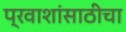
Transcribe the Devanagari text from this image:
प्रवाशांसाठीचा